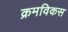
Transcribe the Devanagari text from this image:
क्रमविकस